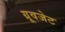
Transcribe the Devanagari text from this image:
ग्रूवजेट